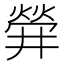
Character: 𤌌